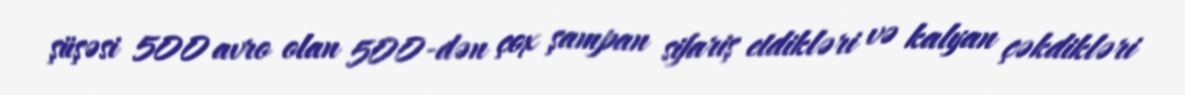
şüşəsi 500 avro olan 500-dən çox şampan sifariş etdikləri və kalyan çəkdikləri